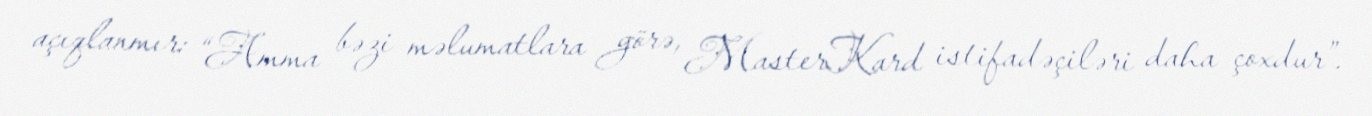
açıqlanmır: “Amma bəzi məlumatlara görə, MasterKard istifadəçiləri daha çoxdur”.